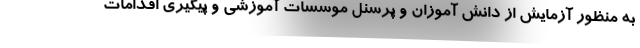
به منظور آزمایش از دانش آموزان و پرسنل موسسات آموزشی و پیگیری اقدامات